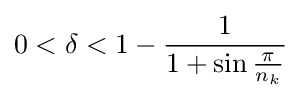
0<\delta <1-{\frac {1}{1+\sin {\frac {\pi }{n_{k}}}}}